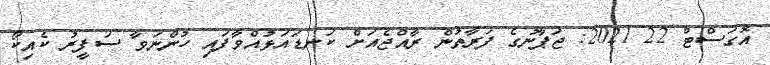
އޮގަސްޓް 22 2021: ޖަޕާނުގެ ފަރާތުން ރާއްޖެއަށް ކަނޑައަޅުއްވާފައި ހުންނަވާ ސަފީރު ކެއިކޯ